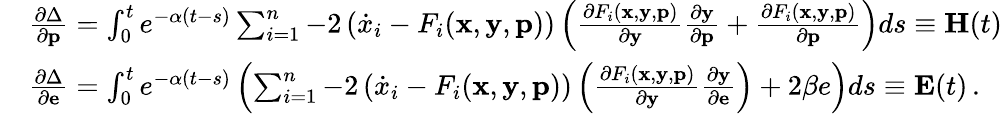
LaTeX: \begin{array}{rl}&{\frac{\partial\Delta}{\partial\mathbf{p}}=\int_{0}^{t}e^{-\alpha(t-s)}\sum_{i=1}^{n}-2\left(\dot{x}_{i}-F_{i}(\mathbf{x},\mathbf{y},\mathbf{p})\right)\left(\frac{\partial F_{i}(\mathbf{x},\mathbf{y},\mathbf{p})}{\partial\mathbf{y}}\frac{\partial\mathbf{y}}{\partial\mathbf{p}}+\frac{\partial F_{i}(\mathbf{x},\mathbf{y},\mathbf{p})}{\partial\mathbf{p}}\right)ds\equiv\mathbf{H}(t)}\\ &{\frac{\partial\Delta}{\partial\mathbf{e}}=\int_{0}^{t}e^{-\alpha(t-s)}\left(\sum_{i=1}^{n}-2\left(\dot{x}_{i}-F_{i}(\mathbf{x},\mathbf{y},\mathbf{p})\right)\left(\frac{\partial F_{i}(\mathbf{x},\mathbf{y},\mathbf{p})}{\partial\mathbf{y}}\frac{\partial\mathbf{y}}{\partial\mathbf{e}}\right)+2\beta e\right)ds\equiv\mathbf{E}(t)\, .}\end{array}